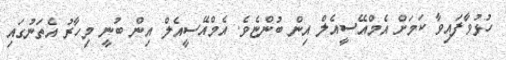
ހުޅުވާފައިވާ ކަމަށް އެމްއޭސީއެލް އިން ބުންޏެވެ. އެމްއޭސީއެލް އިން ބުނީ މިހާރު އެތަނުގައި